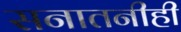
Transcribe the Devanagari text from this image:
सनातनीही